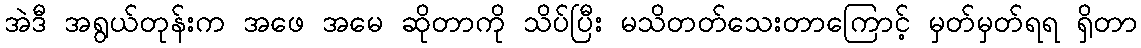
အဲဒီ အရွယ်တုန်းက အဖေ အမေ ဆိုတာကို သိပ်ပြီး မသိတတ်သေးတာကြောင့် မှတ်မှတ်ရရ ရှိတာ